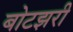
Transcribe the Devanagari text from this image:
बोटझरी